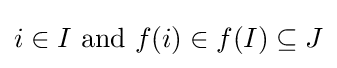
i\in I{\text{ and }}f(i)\in f(I)\subseteq J